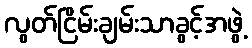
လွတ်ငြိမ်းချမ်းသာခွင့်အဖွဲ့